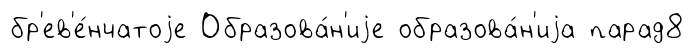
бр'ев'е́нчатоjе Образова́н'иjе образова́н'иjа парад8